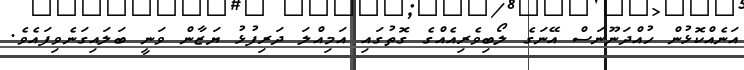
އަނެއްކޮޅުން ހުއްދަނޫނަސް އޭނަގެ ލޯބިވެރިއެއްގެ ގޮތުގައި އަމިއްލަ ދަރިފުޅު ޔަޒާން ވަނީ ބަލައިގަނެވިފައެވެ.